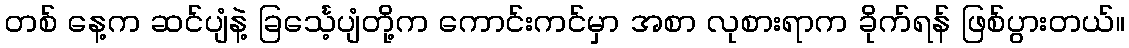
တစ် နေ့က ဆင်ပျံနဲ့ ခြင်္သေ့ပျံတို့က ကောင်းကင်မှာ အစာ လုစားရာက ခိုက်ရန် ဖြစ်ပွားတယ်။